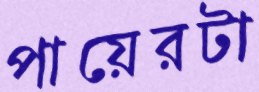
পায়েরটা